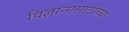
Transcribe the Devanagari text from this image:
विज्ञानासाठीच्या